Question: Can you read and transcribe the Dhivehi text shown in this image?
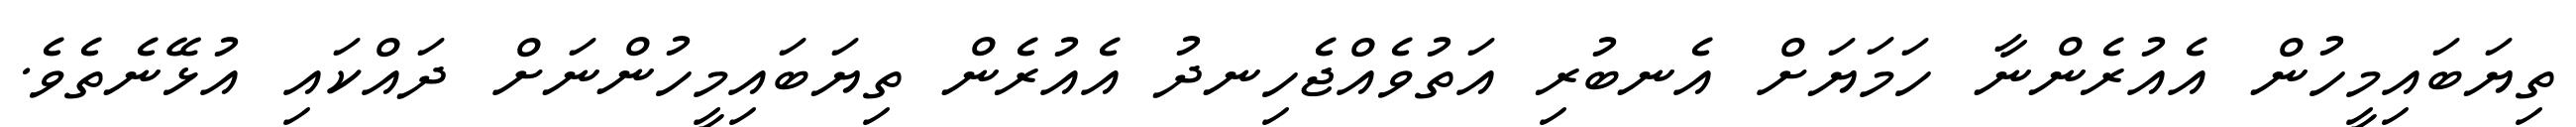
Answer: ތިޔަބައިމީހުން އެއުރެންނާ ހަމަޔަށް އެނބުރި އަތުވެއްޖެހިނދު އެއުރެން ތިޔަބައިމީހުންނަށް ދައްކައި އުޅޭނެތެވެ.